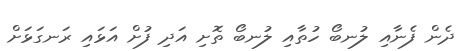
ދެން ފެނާއި ލުނބޯ ހުތާއި ލުނބޯ ތޮށި އަދި ފުށް އަޅައި ރަނގަޅަށް